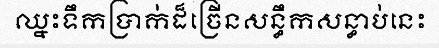
ឈ្នះទឹកប្រាក់ដ៏ច្រើនសន្ធឹកសន្ធាប់នេះ